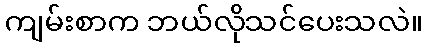
ကျမ်းစာက ဘယ်လိုသင်ပေးသလဲ။